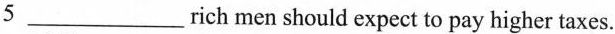
5 ___rich men should expect to pay higher taxes.